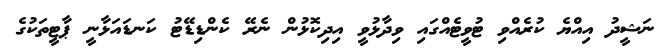
ނަޝީދު އިއްޔެ ކުރެއްވި ޓުވީޓެއްގައި ވިދާޅުވީ އިދިކޮޅުން ނެރޭ ކެންޑިޑޭޓު ކަނޑައަޅާނީ ޕާޓީތަކުގެ